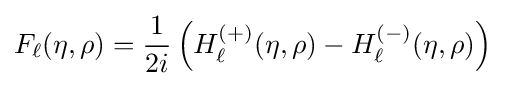
F_{\ell }(\eta ,\rho )={\frac {1}{2i}}\left(H_{\ell }^{(+)}(\eta ,\rho )-H_{\ell }^{(-)}(\eta ,\rho )\right)